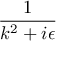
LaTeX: \frac { 1 } { k ^ { 2 } + i \epsilon }